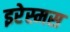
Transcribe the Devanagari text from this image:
इरेस्मस